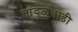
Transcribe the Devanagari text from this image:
तांदुळवाडी